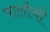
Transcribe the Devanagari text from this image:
पालीची